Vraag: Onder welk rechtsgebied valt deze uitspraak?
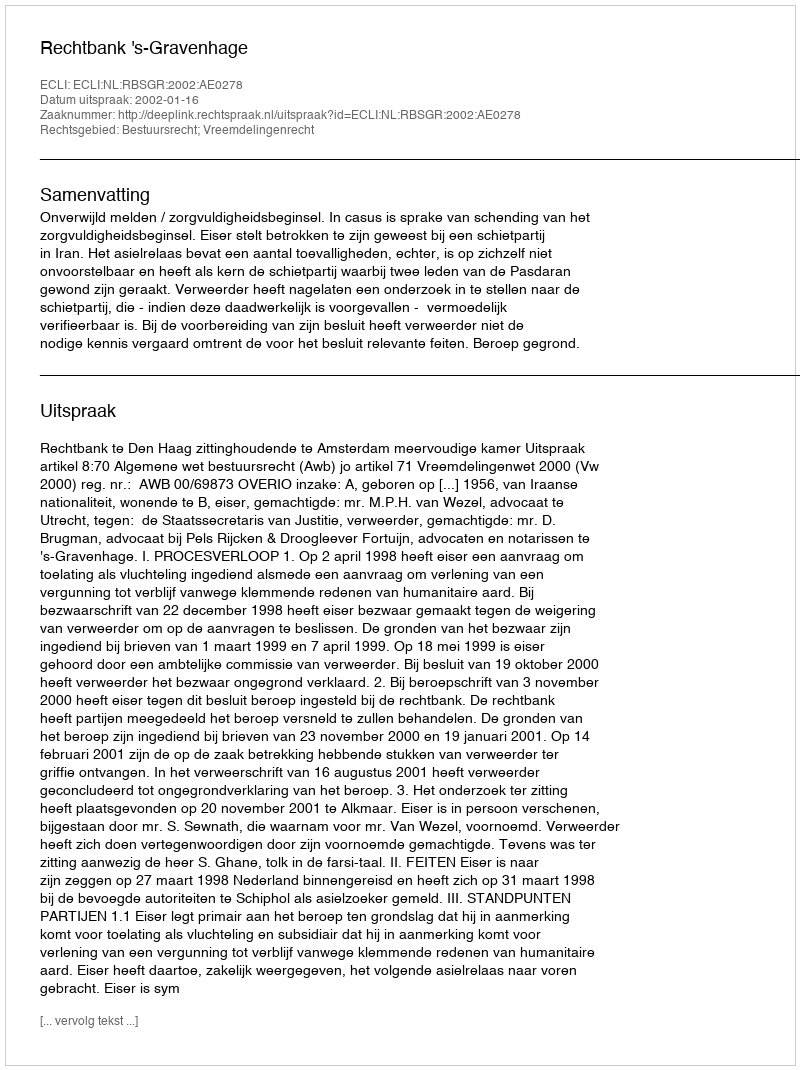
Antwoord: Bestuursrecht; Vreemdelingenrecht